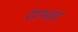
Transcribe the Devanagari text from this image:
रंगभार